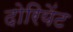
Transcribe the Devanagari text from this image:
दोरियेंट